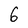
Character: 6